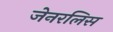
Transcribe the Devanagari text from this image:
जेनरलिस